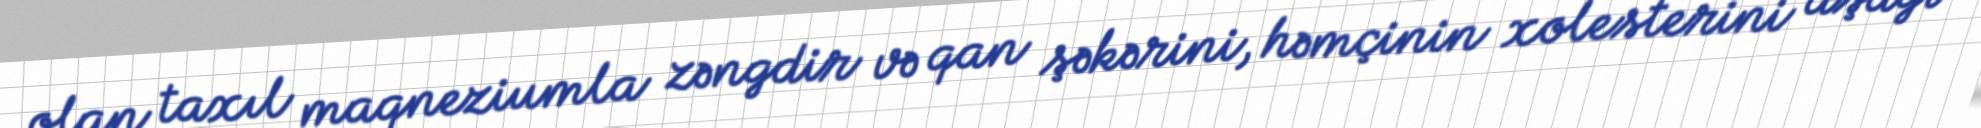
olan taxıl maqneziumla zəngdir və qan şəkərini, həmçinin xolesterini aşağı